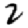
Digit: 2